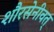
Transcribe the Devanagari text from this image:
शौरसेनीवत्